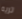
تريه